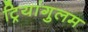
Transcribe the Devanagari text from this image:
ट्रियांगुलम